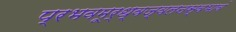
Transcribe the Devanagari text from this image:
प्रभवमूर्ध्वज्वलनस्वभावं